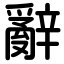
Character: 辭